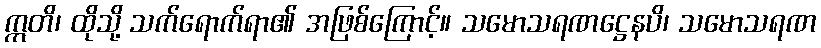
ဣတိ၊ ထိုသို့ သက်ရောက်ရာ၏ အဖြစ်ကြောင့်။ သမောသရဏဋ္ဌေနပိ၊ သမောသရဏ